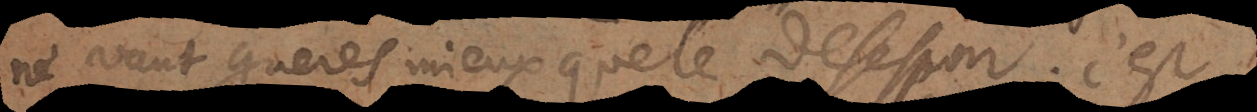
ne vaut guères mieux que le desespoir; c’est